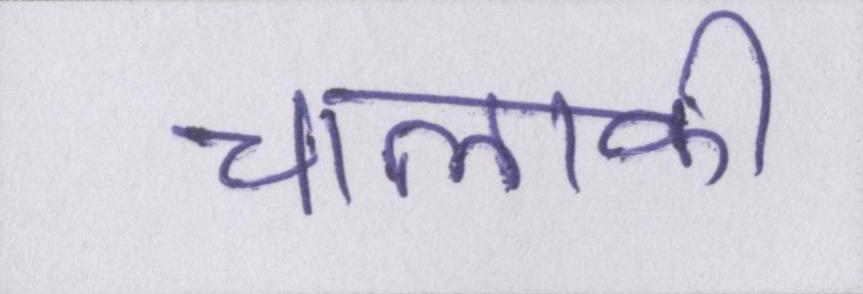
चालाकी